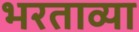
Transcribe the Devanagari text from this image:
भरताव्या